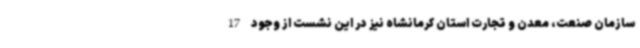
سازمان صنعت، معدن و تجارت استان کرمانشاه نیز در این نشست از وجود 17